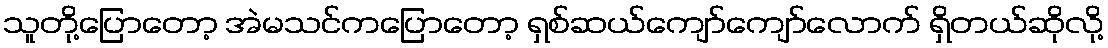
သူတို့ပြောတော့ အဲမသင်ကပြောတော့ ရှစ်ဆယ်ကျော်ကျော်လောက် ရှိတယ်ဆိုလို့